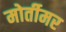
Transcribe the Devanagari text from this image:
मोर्तीमर